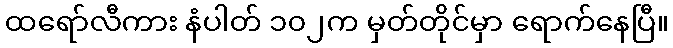
ထရော်လီကား နံပါတ် ၁၀၂က မှတ်တိုင်မှာ ရောက်နေပြီ။